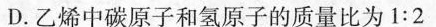
D.乙烯中碳原子和氢原子的质量比为1:2